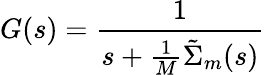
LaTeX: G(s)=\frac{1}{s+\frac{1}{M}\tilde{\Sigma}_{m}(s)}